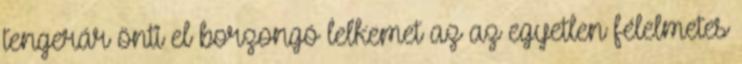
tengerár önti el borzongó lelkemet az az egyetlen félelmetes